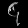
Digit: ၄